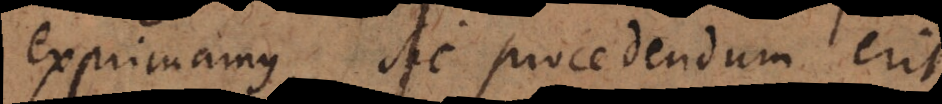
exprimamus, sic procedendum erit,